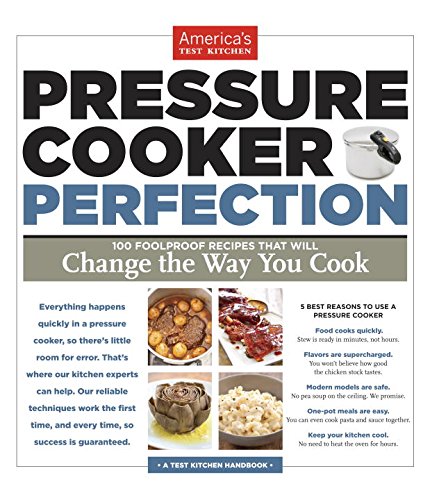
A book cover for Pressure Cooker Perfection; Cookbooks, Food & Wine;